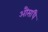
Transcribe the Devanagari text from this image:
औसधि